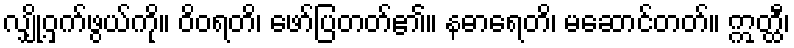
လျှို့ဝှက်ဖွယ်ကို။ ဝိဝရတိ၊ ဖော်ပြတတ်၏။ နဓာရေတိ၊ မဆောင်တတ်။ ဣတ္ထီ၊